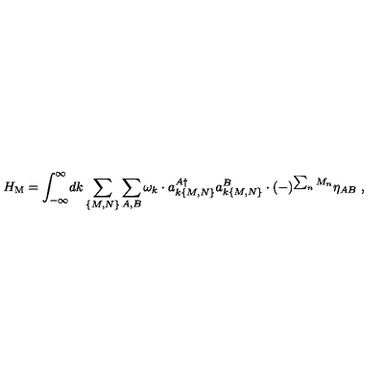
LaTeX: H _ { \mathrm { M } } = \int _ { - \infty } ^ { \infty } \! d k \sum _ { \{ M , N \} } \sum _ { A , B } \omega _ { k } \cdot a _ { k \{ M , N \} } ^ { A \dagger } a _ { k \{ M , N \} } ^ { B } \cdot ( - ) ^ { \sum _ { n } M _ { n } } \eta _ { A B } \ ,